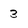
Character: 3